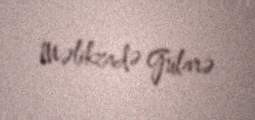
Məlikzadə Gülarə